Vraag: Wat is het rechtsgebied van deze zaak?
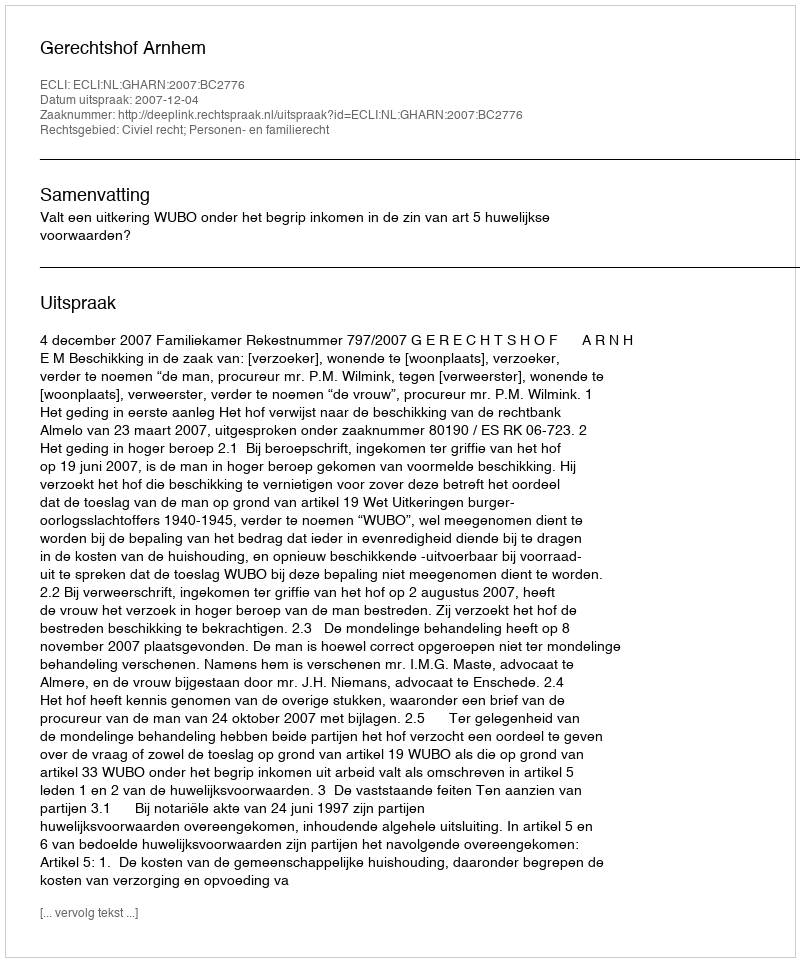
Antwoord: Civiel recht; Personen- en familierecht